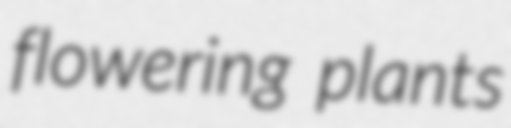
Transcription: flowering plants